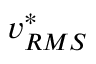
v _ { R M S } ^ { * }